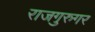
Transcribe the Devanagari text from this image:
राजगुरुगर